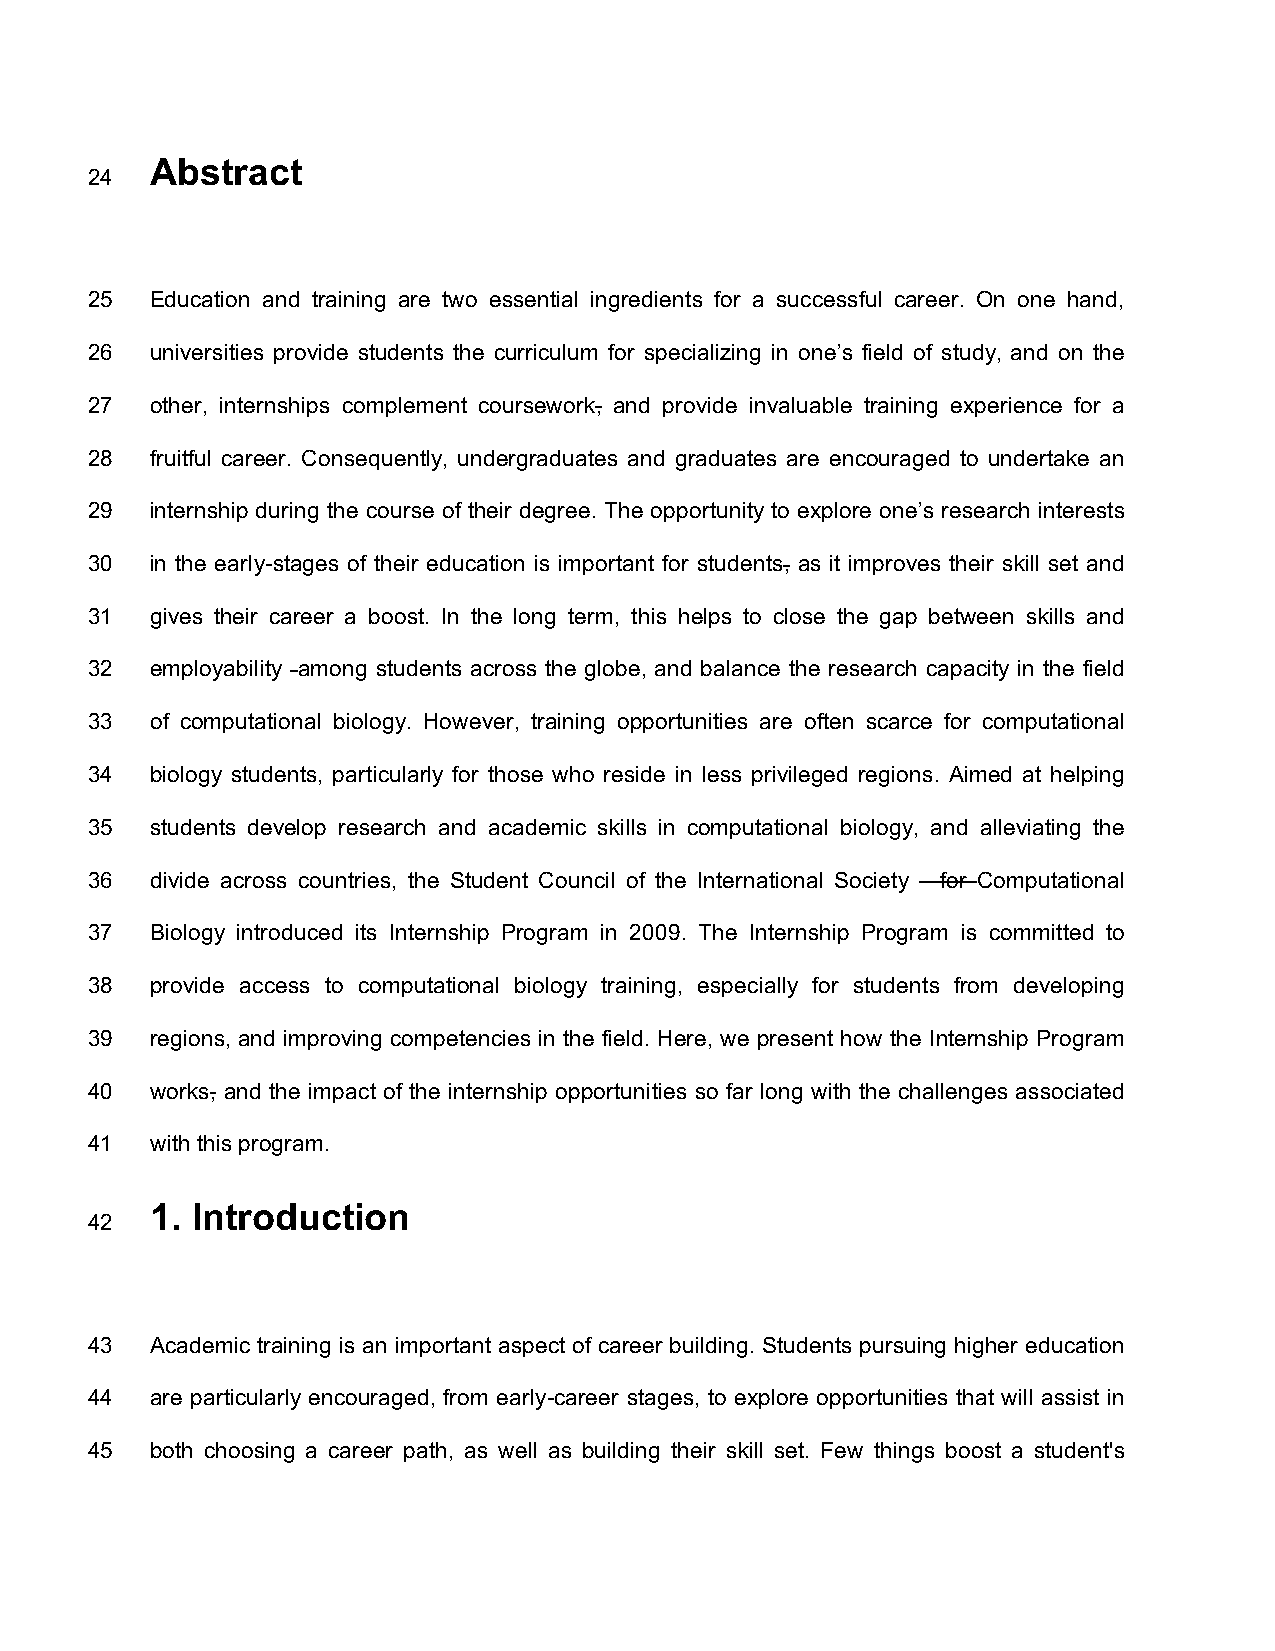
Abstract
 24
 25  Education and training are two essential ingredients for a successful career. On one hand,
 26  universities provide students the curriculum for specializing in one’s field of study, and on the
 27  other, internships complement coursework, and provide invaluable training experience for a
 28  fruitful career. Consequently, undergraduates and graduates are encouraged to undertake an
 29  internship during the course of their degree. The opportunity to explore one’s research interests
 30  in the early-stages of their education is important for students, as it improves their skill set and
 31  gives their career a boost. In the long term, this helps to close the gap between skills and
 32  employability among students across the globe, and balance the research capacity in the field
 33  of computational biology. However, training opportunities are often scarce for computational
 34  biology students, particularly for those who reside in less privileged regions. Aimed at helping
 35  students develop research and academic skills in computational biology, and alleviating the
 36  divide across countries, the Student Council of the International Society for Computational
 37  Biology introduced its Internship Program in 2009. The Internship Program is committed to
 38  provide access to computational biology training, especially for students from developing
 39  regions, and improving competencies in the field. Here, we present how the Internship Program
 40  works, and the impact of the internship opportunities so far long with the challenges associated
 41  with this program.
 1. Introduction
 42
 43  Academic training is an important aspect of career building. Students pursuing higher education
 44  are particularly encouraged, from early-career stages, to explore opportunities that will assist in
 45  both choosing a career path, as well as building their skill set. Few things boost a student's